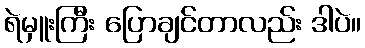
ရဲမှူးကြီး ပြောချင်တာလည်း ဒါပဲ။